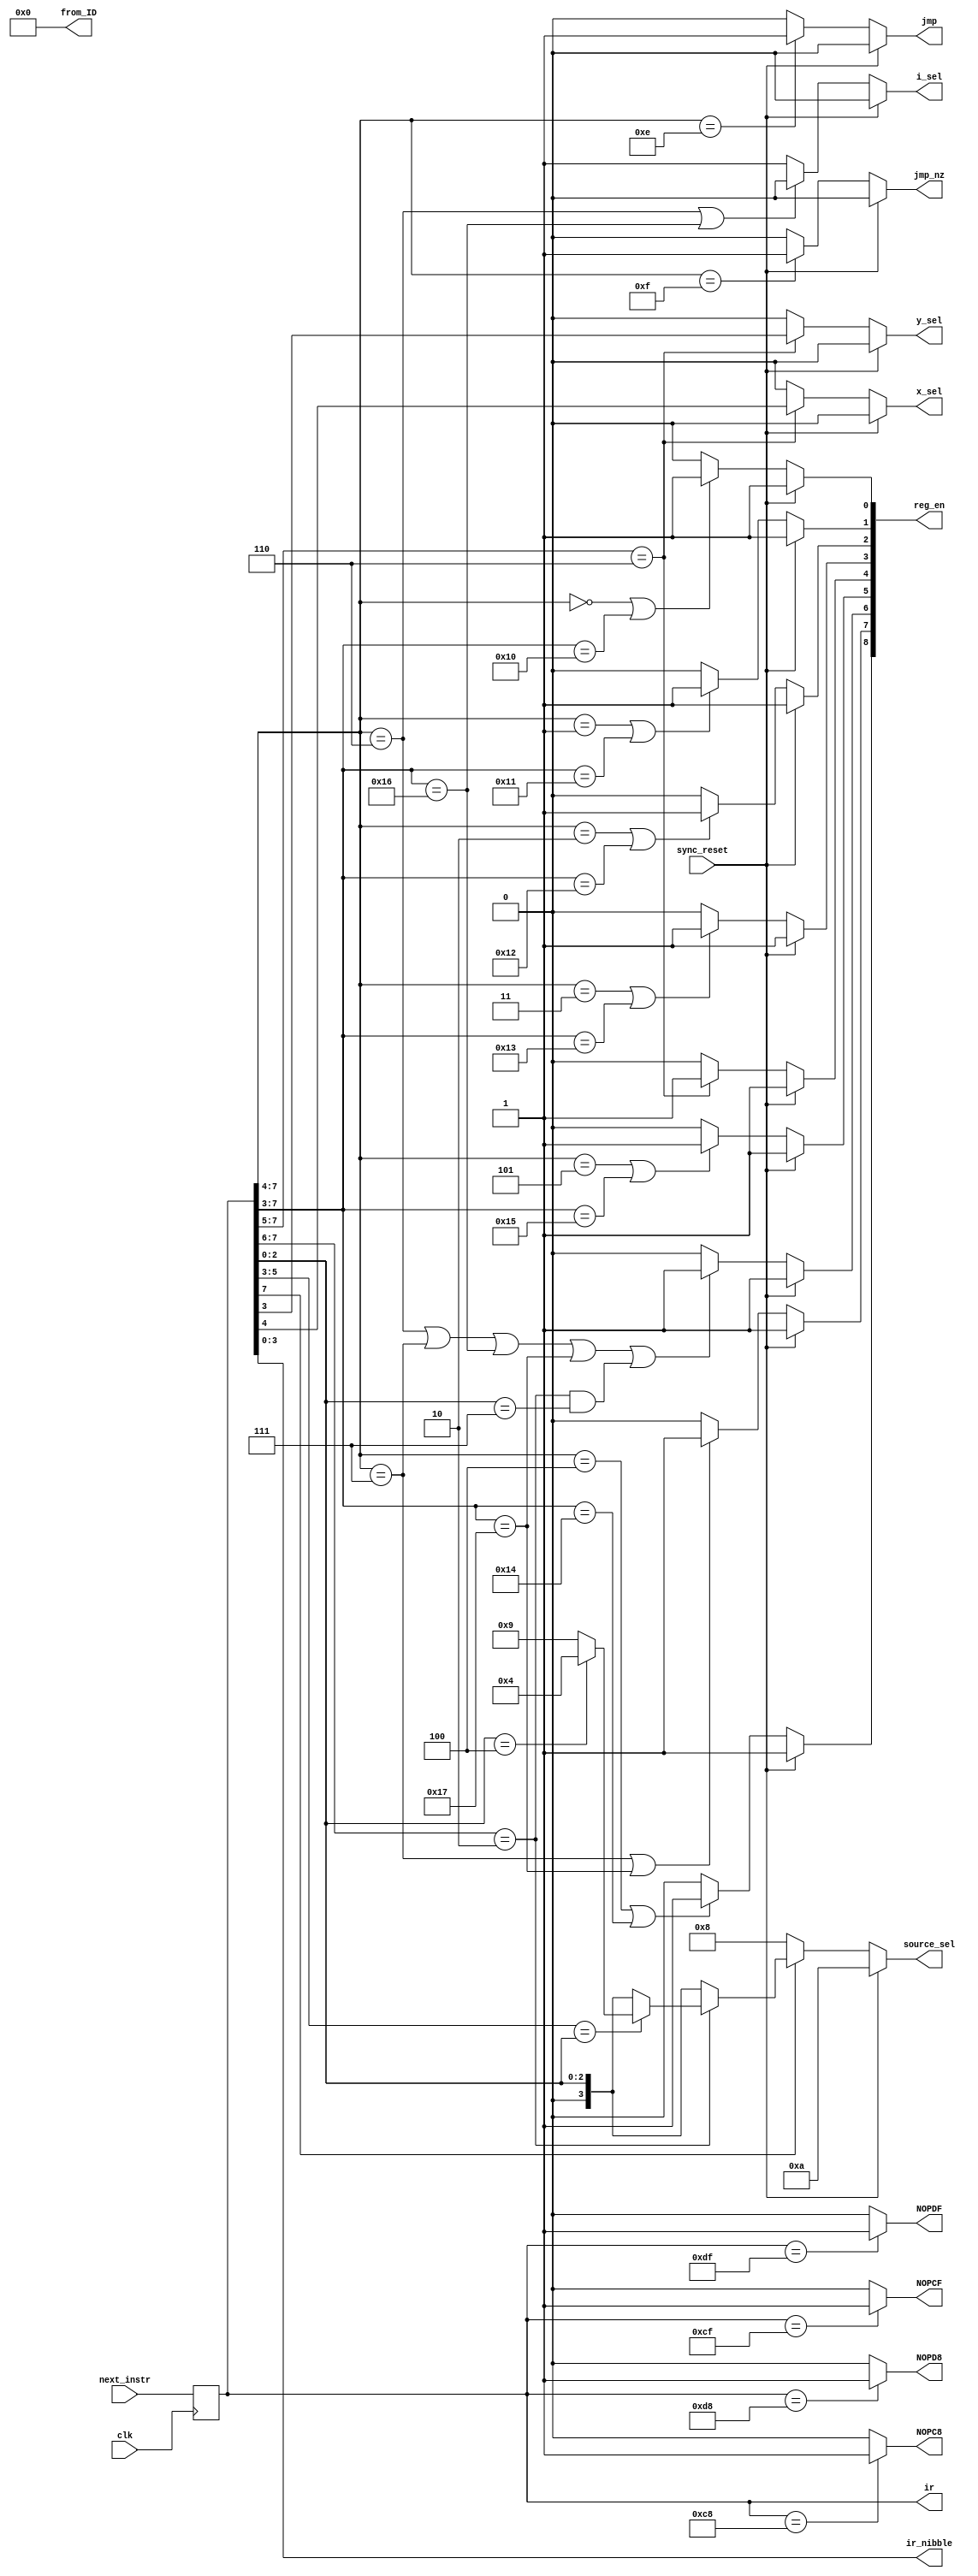
module instruction_decoder
(
	input clk, sync_reset,
   input [7:0] next_instr,
	output reg jmp, jmp_nz, i_sel, y_sel, x_sel,
   output reg [3:0] source_sel, ir_nibble,
   output reg [8:0] reg_en,

	// for final exam
	output reg [7:0] ir, from_ID,
	output reg NOPC8, NOPCF, NOPD8, NOPDF
);

//always @ *						// for final exam
//	from_ID <= reg_en[7:0];	// change to "from_ID = 8'h0" upon entering the exam

always @ *
	from_ID <= 8'h0;

always @ *
    if (ir == 8'hC8)
        NOPC8 <= 1'b1;
    else
        NOPC8 <= 1'b0;

always @ *    
    if (ir == 8'hCF)
        NOPCF <= 1'b1;
    else
        NOPCF <= 1'b0;

always @ *
    if (ir == 8'hD8)
        NOPD8 <= 1'b1;
    else
        NOPD8 <= 1'b0;
    
always @ *
    if (ir == 8'hDF)
        NOPDF <= 1'b1;
    else
        NOPDF <= 1'b0;

always @ (posedge clk)
    ir <= next_instr;

always @ *
    ir_nibble <= ir[3:0];

// i select
always @ *
	if (sync_reset == 1'b1)	
		i_sel <= 1'b0; // do not jump when reset
	// next else-if conditions in order (ir values)
	// 1. load with destination i (0110)
	// 2. move with destination i (10_110)
	else if ((ir[7:4] == 4'b0110) || (ir[7:3] == 5'b10_110))
		i_sel <= 1'b0;
	else 
		i_sel <= 1'b1;

// x select
always @ *
	if (sync_reset == 1'b1)
		x_sel <= 1'b0;
	// selecting x for ALU op. (1101)
	else if (ir[7:5] == 3'b110)
		x_sel <= ir[4];
//	else if (ir[7:4] == 4'b1101)
//		x_sel <= 1'b1;
	else
		x_sel <= 1'b0;

// y select
always @ *
	if (sync_reset == 1'b1)
		y_sel <= 1'b0;
	// selecting y for ALU op. (110x1)
	else if (ir[7:5] == 3'b110)
		y_sel <= ir[3];
//	else if (ir[7:3] == 5'b110x1)
//		y_sel <= 1'b1;
	else
		y_sel <= 1'b0;

// source select
always @ *
	if (sync_reset == 1'b1)
    	source_sel = 4'd10;
	else if (ir[7] == 1'b0) // when load instructions source select will select pm_data 
    	source_sel = 4'd8;
	else if (ir [7:6] == 2'b10) // when move instructions 
    	if(ir [5:3] == ir [2:0]) // and src = to dst 
        	if (ir [2:0] == 3'd4) // and src or dst = to 4 ==> source select will select r 
            	source_sel = 4'd4;
        	else // if src or dst not = to 4 ==> source select will select i_pins 
            	source_sel = 4'd9;
   	else // when move instruction but dst not equal to src soure select will be equal to src and we add msb to be 0 while src only 3 bits
        	source_sel = {1'b0 , ir [2:0] };
	else
		source_sel = {1'b0 , ir [2:0] };

// jump instruction
always @ *
	if (sync_reset == 1'b1)
		jmp <= 1'b0;
	else if (ir[7:4] == 4'HE)
		jmp <= 1'b1;
	else
		jmp <= 1'b0;

// jump not zero instruction
always @ *
	if (sync_reset == 1'b1)
		jmp_nz <= 1'b0;
	else if (ir[7:4] == 4'HF)
		jmp_nz <= 1'b1;
	else 
		jmp_nz <= 1'b0;

// reg_en[0], x0
always @ *
	if (sync_reset == 1'b1) 
		reg_en[0] <= 1'b1;
	// next else-if conditions in order (ir values)
	// 1. load with destination x0 (0000)
	// 2. move with destination x0 (10_000)
	else if ((ir[7:4] == 4'b0000) || (ir[7:3] == 5'b10_000))
		reg_en[0] <= 1'b1;
	else
		reg_en[0] <= 1'b0;

// reg_en[1] = x1
always @ *
	if (sync_reset == 1'b1)
		reg_en[1] <= 1'b1;
	// next else-if conditions in order (ir values)
	// 1. load with destination x1 (0001)
	// 2. move with destination x1 (10_001)
	else if ((ir[7:4] == 4'b0001) || (ir[7:3] == 5'b10_001))
		reg_en[1] <= 1'b1;
	else
		reg_en[1] <= 1'b0;

// reg_en[2] = y0
always @ *
	if (sync_reset == 1'b1) 
		reg_en[2] <= 1'b1;
	// next else-if conditions in order (ir values)
	// 1. load with destination y0 (0010)
	// 2. move with destination y0 (10_010)
	else if ((ir[7:4] == 4'b0010) || (ir[7:3] == 5'b10_010))
		reg_en[2] <= 1'b1;
	else
		reg_en[2] <= 1'b0;

// reg_en[3] = y1
always @ *
	if (sync_reset == 1'b1) 
		reg_en[3] <= 1'b1;
	// next else-if conditions in order (ir values)
	// 1. load with destination y1 (0011)
	// 2. move with destination y1 (10_011)
	else if ((ir[7:4] == 4'b0011) || (ir[7:3] == 5'b10_011))
		reg_en[3] <= 1'b1;
	else
		reg_en[3] <= 1'b0;

// reg_en[4] = r
always @ *
	if (sync_reset == 1'b1) 
		reg_en[4] <= 1'b1;
	// result of ALU op. stored in r (110)
	else if (ir[7:5] == 3'b110)
		reg_en[4] <= 1'b1;
	else
		reg_en[4] <= 1'b0;

// reg_en[5] = m
always @ *
	if (sync_reset == 1'b1) 
		reg_en[5] <= 1'b1;
	// next else-if conditions in order (ir values)
	// 1. load with destination m (0101)
	// 2. move with destination m (10_101)
	else if ((ir[7:4] == 4'b0101) || (ir[7:3] == 5'b10_101))
		reg_en[5] <= 1'b1;
	else
		reg_en[5] <= 1'b0;

// reg_en[6] = i
always @ *
	if (sync_reset == 1'b1) 
		reg_en[6] <= 1'b1;
	// next else-if conditions in order (ir values)
	// 1. load with destination i (0110)
	// 2. load with destination dm (0111)
	// 3. move with destination i (10_110)
	// 4. move with destination dm (10_111)
	// 5. move with source dm (10_xxx_111 - 3'd7 and 2'd2)
	else if ((ir[7:4] == 4'b0110) || (ir[7:4] == 4'b0111) || (ir[7:3] == 5'b10_110) || (ir[7:3] == 5'b10_111) || ((ir[7:6] == 2'b10) && (ir[2:0] == 3'b111)))
		reg_en[6] <= 1'b1;
	else
		reg_en[6] <= 1'b0;

// reg_en[7] = dm
always @ *
	if (sync_reset == 1'b1) 
		reg_en[7] <= 1'b1;
	// next else-if conditions in order (ir values)
	// 1. load with destination dm (0111)
	// 2. move with destination dm (10_111)
	else if ((ir[7:4] == 4'b0111) || (ir[7:3] == 5'b10_111))
		reg_en[7] <= 1'b1;
	else
		reg_en[7] <= 1'b0;

// reg_en[8] = o_reg
always @ *
	if (sync_reset == 1'b1) 
		reg_en[8] <= 1'b1;
	// next else-if conditions in order (ir values)
	// 1. load with destination o_reg (0100)
	// 2. move with destination o_reg (10_100)
	else if ((ir[7:4] == 4'b0100) || (ir[7:3] == 5'd10_100))
		reg_en[8] <= 1'b1;
	else
		reg_en[8] <= 1'b0;

endmodule